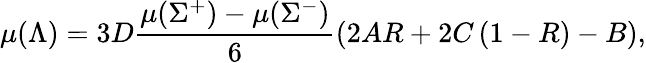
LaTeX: \mu(\Lambda)=3D\frac{\mu(\Sigma^{+})-\mu(\Sigma^{-})}{6}\left(2AR+2C\left(1-R\right)-B\right),